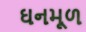
ઘનમૂળ